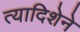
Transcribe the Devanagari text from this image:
त्यादिशेने